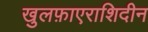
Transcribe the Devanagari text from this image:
खुलफ़ाएराशिदीन